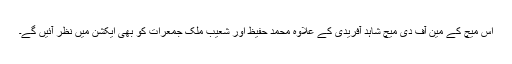
اس میچ کے مین آف دی میچ شاہد آفریدی کے علاوہ محمد حفیظ اور شعیب ملک جمعرات کو بھی ایکشن میں نظر آئیں گے۔